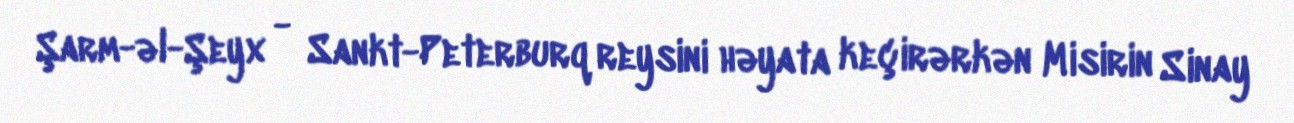
Şarm-əl-Şeyx - Sankt-Peterburq reysini həyata keçirərkən Misirin Sinay